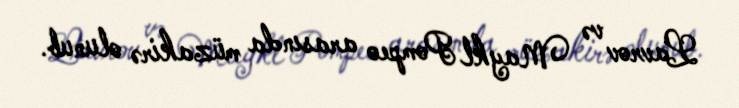
Lavrov və Maykl Pompeo arasında müzakirə olunub.